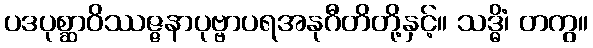
ပဒပုစ္ဆာဝိဿဇ္ဇနာပုဗ္ဗာပရအနုဂီတိတို့နှင့်။ သဒ္ဓိံ၊ တကွ။